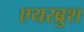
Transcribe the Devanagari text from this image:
एयरब्रुश